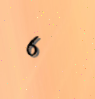
6